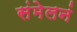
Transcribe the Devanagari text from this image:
संमेलनं